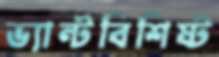
ভ্যান্টবিশিষ্ট